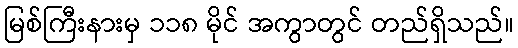
မြစ်ကြီးနားမှ ၁၁၈ မိုင် အကွာတွင် တည်ရှိသည်။